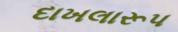
દાખલારૂપ